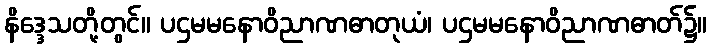
နိဒ္ဒေသတို့တွင်။ ပဌမမနောဝိညာဏဓာတုယံ၊ ပဌမမနောဝိညာဏဓာတ်၌။